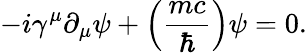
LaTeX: -i\gamma^{\mu}\partial_{\mu}\psi+\left({\frac{mc}{\hbar}}\right)\psi=0.